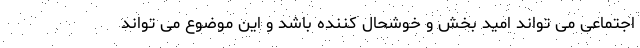
اجتماعی می تواند امید بخش و خوشحال کننده باشد و این موضوع می تواند